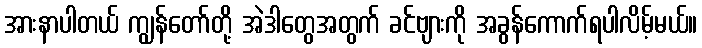
အားနာပါတယ် ကျွန်တော်တို့ အဲဒါတွေအတွက် ခင်ဗျားကို အခွန်ကောက်ရပါလိမ့်မယ်။